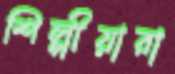
শিল্পীয়ারা